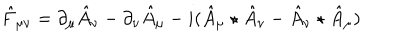
LaTeX: \hat { F } _ { \mu \nu } = \partial _ { \mu } \hat { A } _ { \nu } - \partial _ { \nu } \hat { A } _ { \mu } - i ( \hat { A } _ { \mu } \star \hat { A } _ { \nu } - \hat { A } _ { \nu } \star \hat { A } _ { \mu } )